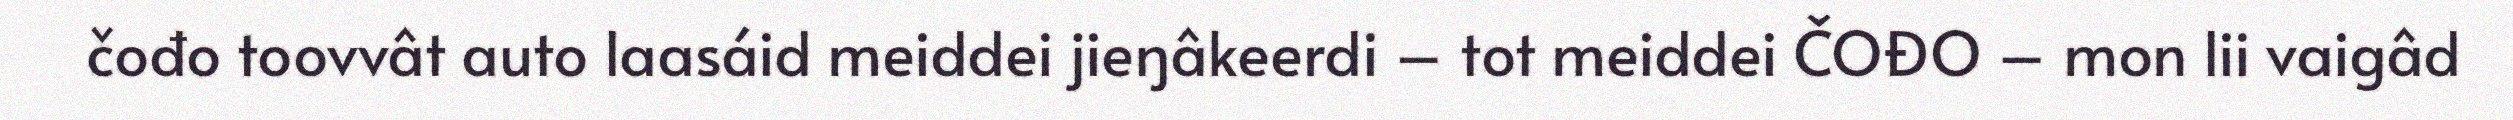
čođo toovvât auto laasáid meiddei jieŋâkeerdi – tot meiddei ČOĐO – mon lii vaigâd